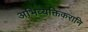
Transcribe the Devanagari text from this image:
अभिव्यक्तिकरानि